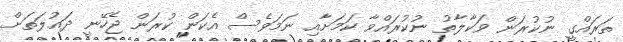
ތަރައްގީ ނުކުރަން ވަކާލާތު ނުކުރައްވާ ކަމަށާއި ނަމަވެސް އެކަން ކުރަން ޖެހޭނީ ދައުލަތަށް